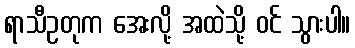
ရာသီဥတုက အေးလို့ အထဲသို့ ဝင် သွားပါ။